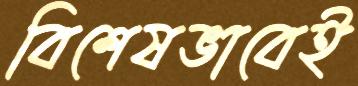
বিশেষভাবেই